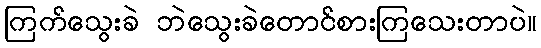
ကြက်သွေးခဲ ဘဲသွေးခဲတောင်စားကြသေးတာပဲ။